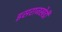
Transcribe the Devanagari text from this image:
इसराजखेडी